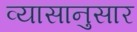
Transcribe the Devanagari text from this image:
व्यासानुसार